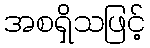
အစရှိသဖြင့်